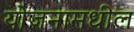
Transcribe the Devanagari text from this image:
योजनामधील